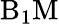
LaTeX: \mathrm{B_{1}M}